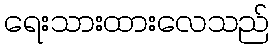
ရေးသားထားလေသည်